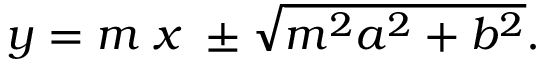
y = m \; x \; \pm { \sqrt { m ^ { 2 } a ^ { 2 } + b ^ { 2 } } } .